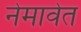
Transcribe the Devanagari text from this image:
नेमावेत